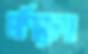
মণিমেলা